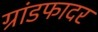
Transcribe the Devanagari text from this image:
ग्रांडफादर